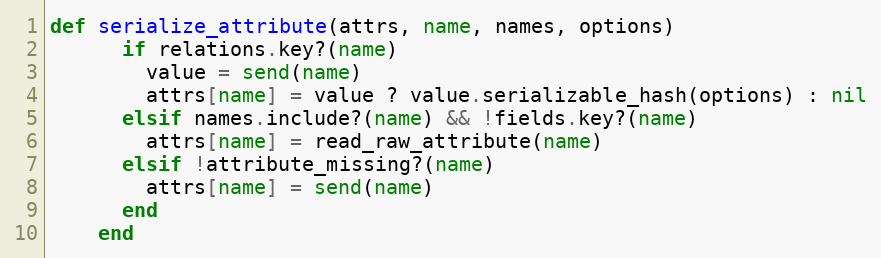
Language: Ruby
def serialize_attribute(attrs, name, names, options)
      if relations.key?(name)
        value = send(name)
        attrs[name] = value ? value.serializable_hash(options) : nil
      elsif names.include?(name) && !fields.key?(name)
        attrs[name] = read_raw_attribute(name)
      elsif !attribute_missing?(name)
        attrs[name] = send(name)
      end
    end